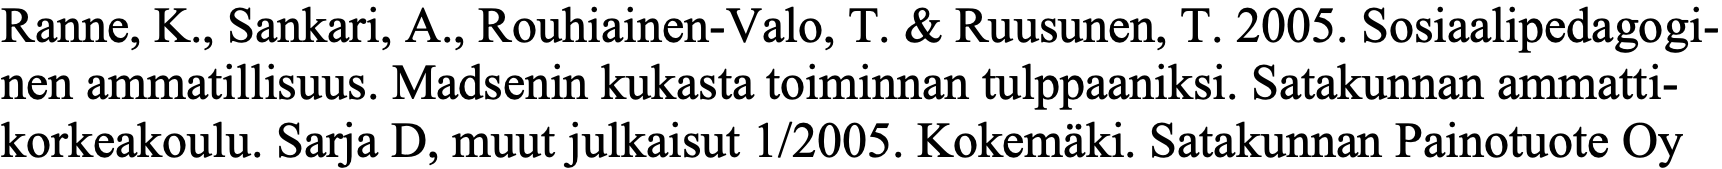
Ranne, K., Sankari, A., Rouhiainen-Valo, T. & Ruusunen, T. 2005. Sosiaalipedagogi- nen ammatillisuus. Madsenin kukasta toiminnan tulppaaniksi. Satakunnan ammatti- korkeakoulu. Sarja D, muut julkaisut 1/2005. Kokemäki. Satakunnan Painotuote Oy